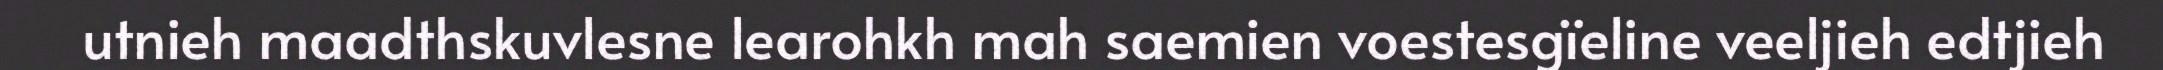
utnieh maadthskuvlesne learohkh mah saemien voestesgïeline veeljieh edtjieh